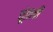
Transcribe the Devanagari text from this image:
तूंतली